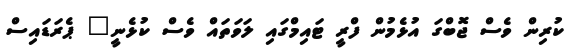
ކުރިން ވެސް ޖޮބްގަ އުޅެމުން ފްރީ ޓައިމްގައި ލަވަތައް ވެސް ކުޅެނީ" ޕެރަޑައިސް